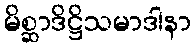
မိစ္ဆာဒိဋ္ဌိသမာဒါနာ